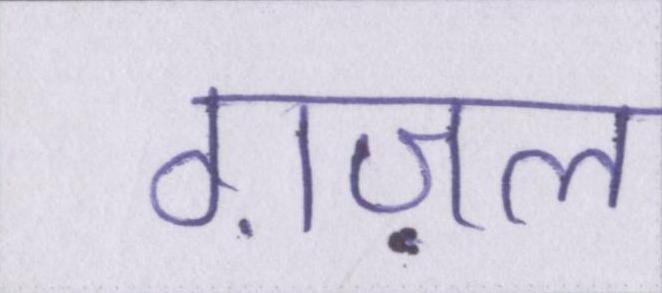
ग़ज़ल